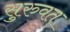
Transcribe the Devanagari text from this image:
सुरुवत